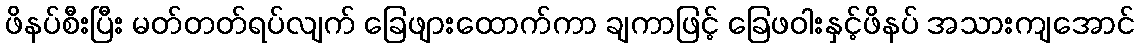
ဖိနပ်စီးပြီး မတ်တတ်ရပ်လျက် ခြေဖျားထောက်ကာ ချကာဖြင့် ခြေဖဝါးနှင့်ဖိနပ် အသားကျအောင်